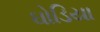
ઘોડિયા